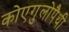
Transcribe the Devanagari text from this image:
कोएगुलोपैथी